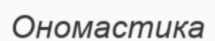
Ономастика